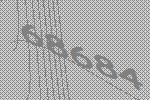
68684